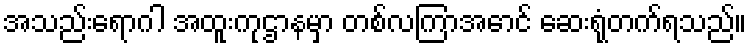
အသည်းရောဂါ အထူးကုဌာနမှာ တစ်လကြာအောင် ဆေးရုံတက်ရသည်။